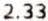
2.33